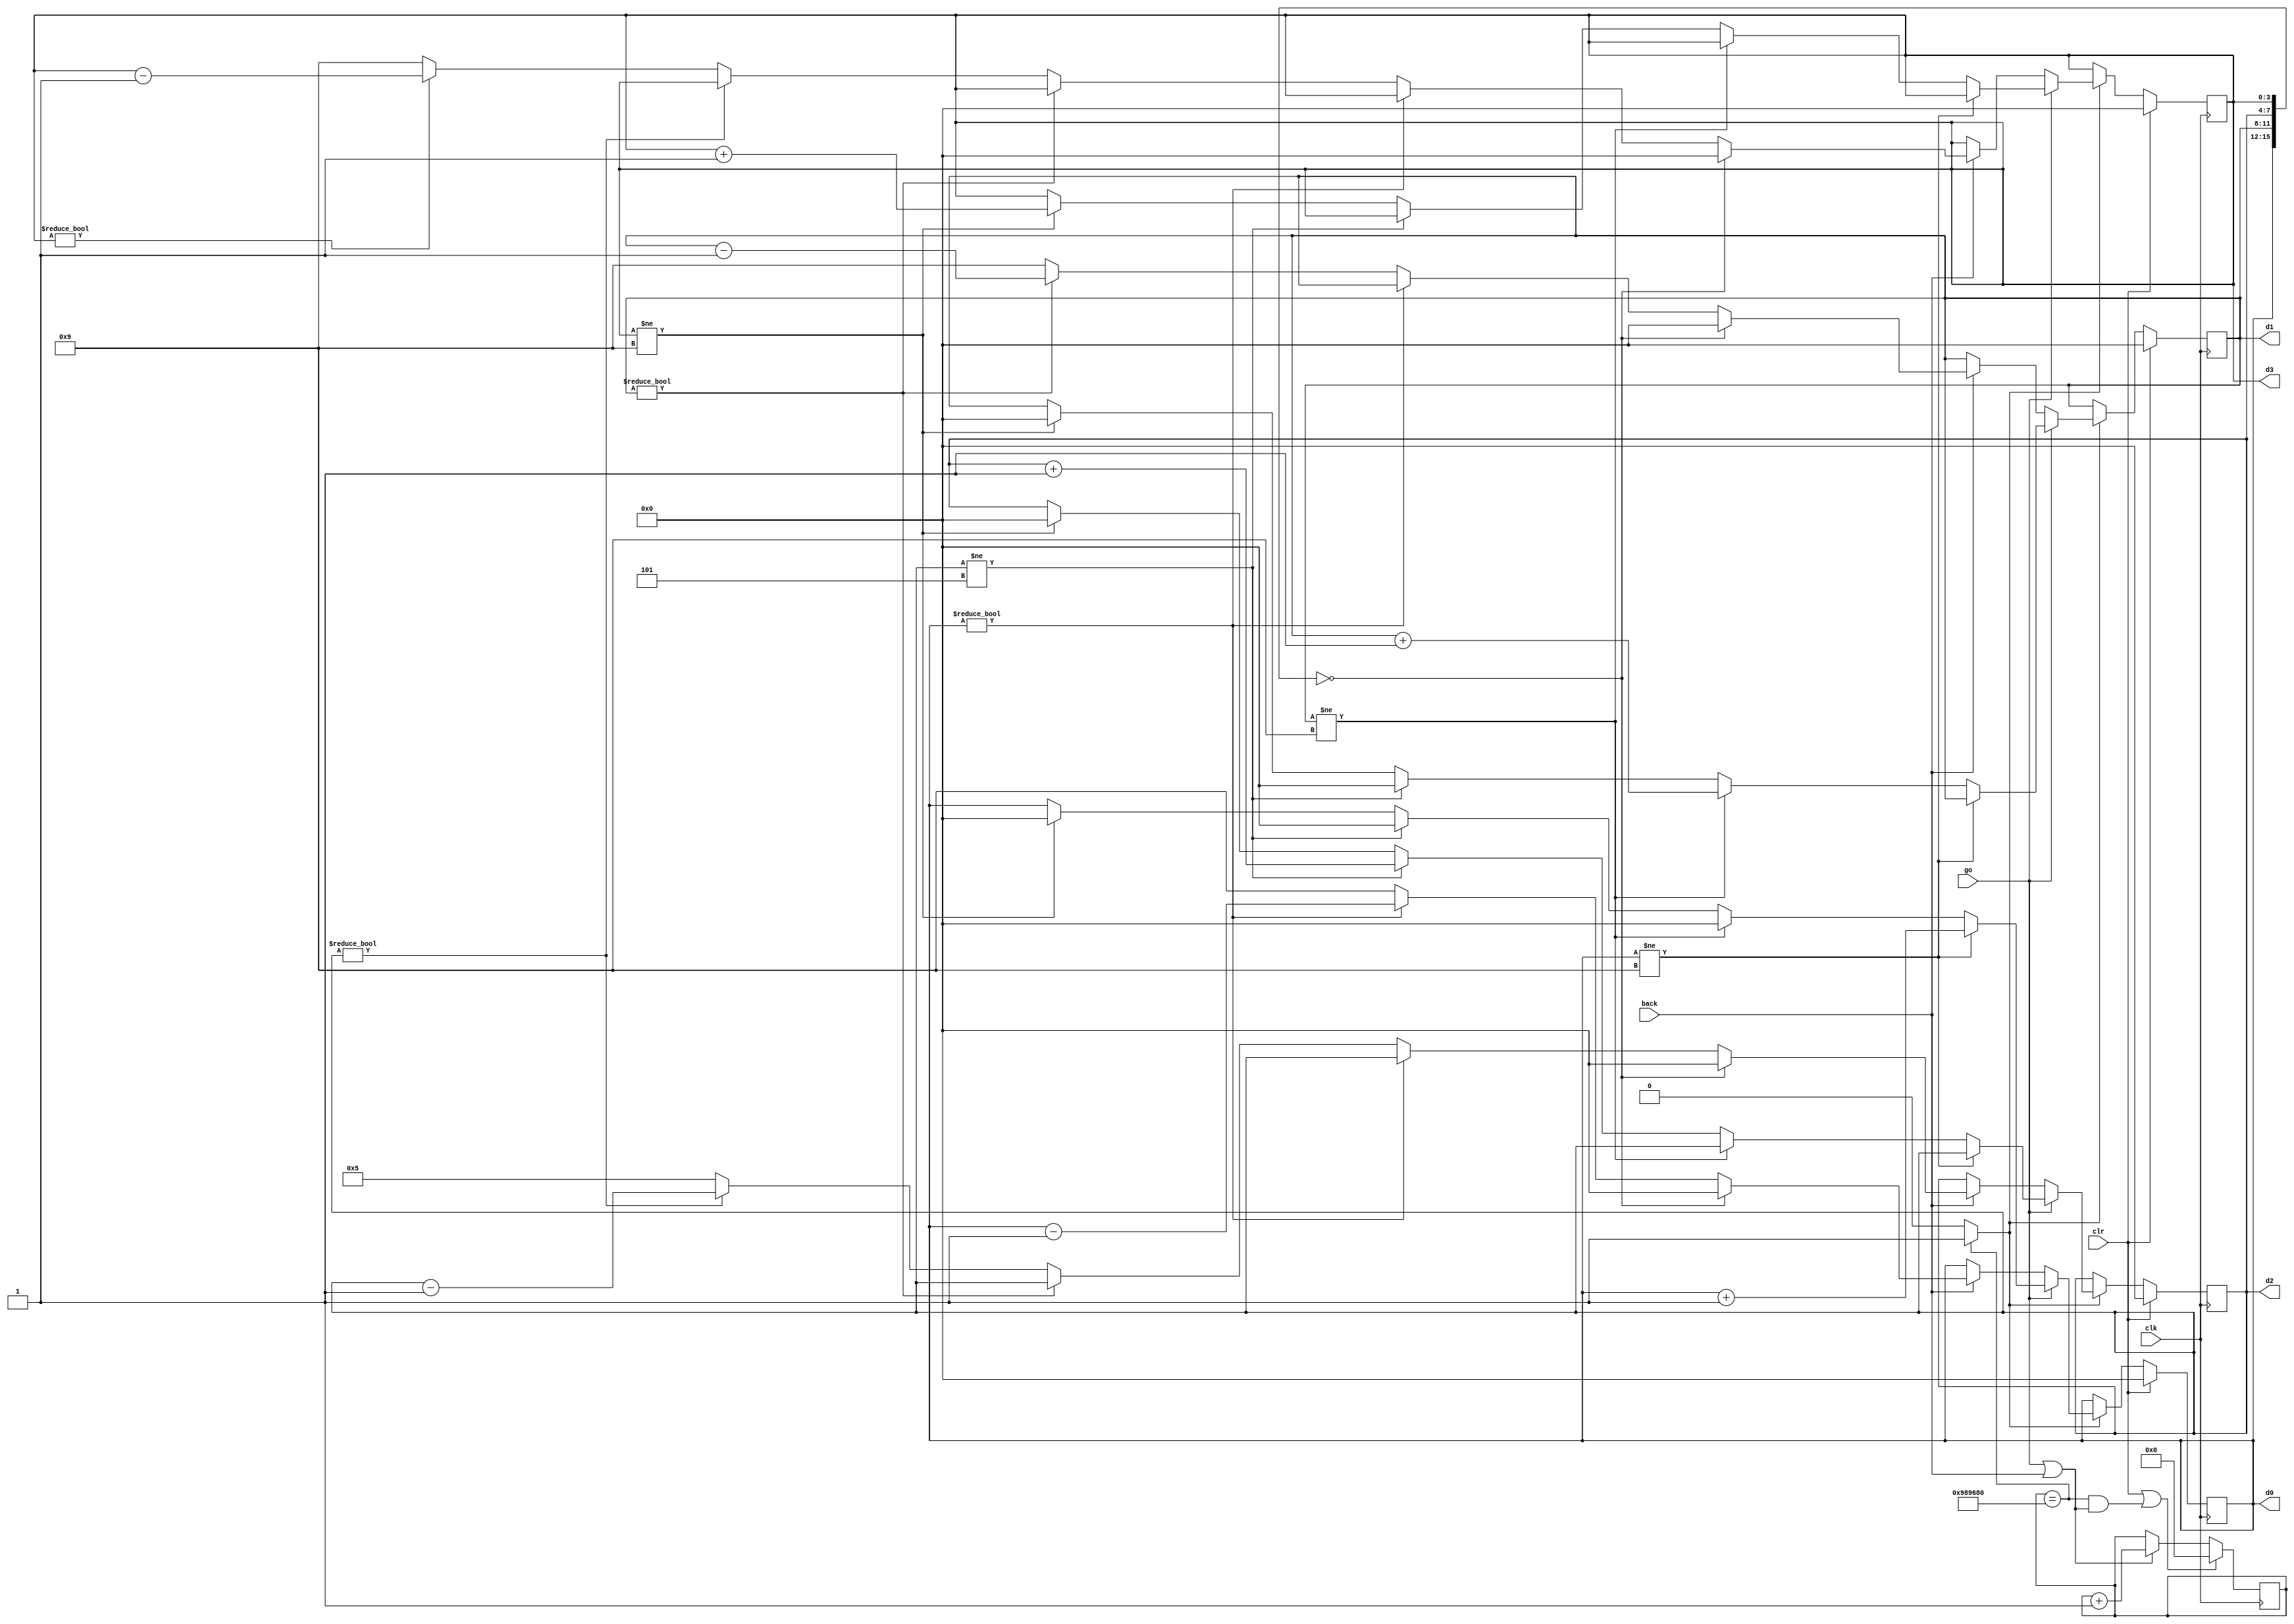
// Nested if-statement description for a stopwatch

module enh_stop_watch
    (
    input  wire       clk,
    input  wire       go, clr, back,
    output wire[3:0]  d3, d2, d1, d0
    );

    // declaration
    localparam DVSR = 10000000;
    reg[23:0]  ms_reg;
    wire[23:0] ms_next;
    reg[3:0]   d3_reg, d2_reg, d1_reg, d0_reg;
    reg[3:0]   d3_next, d2_next, d1_next, d0_next;
    wire       ms_tick;

    // body
    // register
    always @(posedge clk)
    begin
        ms_reg  <= ms_next;
        d3_reg  <= d3_next;
        d2_reg  <= d2_next;
        d1_reg  <= d1_next;
        d0_reg  <= d0_next;
    end

    // next-state logic
    // 0.1 sec tick generator mod-10.000.000
    assign ms_next = (clr || (ms_reg==DVSR && (go || back))) ? 4'b0 :
                     (go || back) ? ms_reg + 1 :
                                    ms_reg;
    assign ms_tick = (ms_reg==DVSR) ? 1'b1 : 1'b0;

    // 4-digit bcd up counter
    always @*
    begin
        // default: keep the previous value
        d0_next = d0_reg;
        d1_next = d1_reg;
        d2_next = d2_reg;
        d3_next = d3_reg;
        if (clr)
            begin
                d0_next = 4'b0;
                d1_next = 4'b0;
                d2_next = 4'b0;
                d3_next = 4'b0;
            end
        else if (ms_tick)
            // count up
            if (go)
                if (d0_reg != 9)
                    d0_next = d0_reg + 1;
                else                                    // reach X.XX.9
                    begin
                        d0_next = 4'b0;
                        if (d1_reg != 9)
                            d1_next = d1_reg + 1;
                        else                            // reach X.X9.9
                            begin
                                d1_next = 4'b0;
                                if (d2_reg != 5)
                                    d2_next = d2_reg + 1;
                                else                    // reach X.59.9
                                    begin
                                        d2_next = 4'b0;
                                        if (d3_reg != 9)
                                            d3_next = d3_reg + 1;
                                        else            // reach 9.59.9 and get stuck
                                            begin
                                                d3_next = d3_reg;
                                                d2_next = d2_reg;
                                                d1_next = d1_reg;
                                                d0_next = d0_reg;
                                            end
                                    end
                            end
                    end
            // count down
            else if (back)
                // get stuck if 0.00.0
                if ({d0_reg, d1_reg, d2_reg, d3_reg} == 16'b0)
                    begin
                        d0_next = 0;
                        d1_next = 0;
                        d2_next = 0;
                        d3_next = 0;
                    end
                else if (d0_reg != 0)
                    d0_next = d0_reg - 1;
                else                    // reach X.XX.0
                    begin
                        d0_next = 9;
                        if (d1_reg != 0)
                            d1_next = d1_reg - 1;
                        else            // reach X.X0.0
                            begin
                                d1_next = 9;
                                if (d2_reg != 0)
                                    d2_next = d2_reg - 1;
                                else   // reach X.00.0
                                    begin
                                        d2_next = 5;
                                        if (d3_reg != 0)
                                            d3_next = d3_reg - 1;
                                        else
                                            d3_next = 9;
                                    end
                            end
                    end
                            
    end
    // output logic
    assign d0 = d0_reg;
    assign d1 = d1_reg;
    assign d2 = d2_reg;
    assign d3 = d3_reg;

endmodule